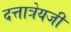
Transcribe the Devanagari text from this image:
दत्तात्रेयजी